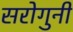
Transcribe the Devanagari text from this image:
सरोगुनी